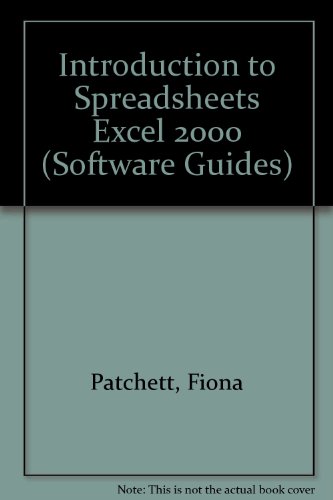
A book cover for Introduction to Spreadsheets Excel 2000 (Software Guides); Fiona Patchett; Children's Books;